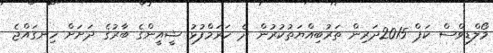
މޯލްޑިވްސް ކަޕް 2015ދަރިން ތަރުބިއްޔަތުކުރުން ދެ ހަރަމްފުޅު ޝީއީންގެ ބާރުގެ ދަށަށް ހިނގައްޖެ